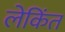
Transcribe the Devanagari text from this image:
लेकिंत